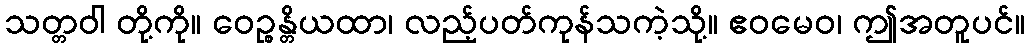
သတ္တဝါ တို့ကို။ ဝေဉ္စန္တိယထာ၊ လည့်ပတ်ကုန်သကဲ့သို့။ ဧဝမေဝ၊ ဤအတူပင်။